system: You are a helpful assistant.
user:
Analyze the provided spectrum to determine if it is a **White Dwarf (WD)**.

A White Dwarf spectrum is defined by its **extreme purity** (due to gravitational settling) and/or **extreme pressure broadening** (due to high surface gravity). You must check for one of the following mutually exclusive signatures:

- **Key Visual Indicators (Check for ONE of these types):**

    - **1. DA-Type Signature (Most Common):**
        - **(Primary Feature):** Extreme pressure broadening (Stark broadening) of the **Hydrogen (H) Balmer lines**.
        - **(Key Lines):** $H\beta$ (approx. $4861$ Å) and $H\gamma$ (approx. $4340$ Å). $H\alpha$ (approx. $6563$ Å) will also be present if the wavelength range covers it.
        - **(Line Profile):** This is the **defining feature**. The lines are **NOT** sharp. They appear as massive, **extremely broad and deep "troughs" or "dips"** in the spectrum, often hundreds of Ångströms wide. The continuum will appear to "scoop" down at these wavelengths.
        - **(Distinction):** Normal A-type or B-type stars have *narrow* and *sharp* Hydrogen lines. A DA White Dwarf's lines are unmistakably "smeared" or "blurry" from pressure.

    - **2. DB-Type Signature:**
        - **(Primary Feature):** Broad absorption lines from **Neutral Helium (He I)**. The spectrum must lack any visible Hydrogen lines.
        - **(Key Lines):** Look for broad absorption near $4471$ Å, $4921$ Å, and $5876$ Å.
        - **(Line Profile):** These lines are also significantly pressure-broadened, appearing much wider than they would in a normal B-type main-sequence star.

    - **3. DC-Type Signature:**
        - **(Primary Feature):** A **featureless continuous spectrum**.
        - **(Line Profile):** The spectrum is a smooth curve with **no significant absorption or emission lines**.
        - **(Key Confirmation):** The continuum is almost always **blue or white**, indicating a hot object. This signature implies the atmosphere is so pure (or so cool) that no spectral lines are visible in the optical range. Its WD identity is confirmed by its extremely low intrinsic brightness (high absolute magnitude).

    - **4. DZ-Type Signature (Metal-Polluted):**
        - **(Primary Feature):** **Isolated, narrow metal absorption lines** on an otherwise featureless (DC-like) continuum.
        - **(Key Lines):** The **Calcium (Ca II) H & K doublet** (approx. **$3934$ Å** and **$3968$ Å**) is the most common and defining feature.
        - **(Line Profile):** These lines are "out of place." They are *not* part of a "forest" of thousands of lines. This signature is evidence of recent *accretion* (pollution) from rocky debris.
        - **(Distinction):** Normal G/K/M stars have a *dense forest* of thousands of metal lines. A DZ has a *clean* continuum with *only a few* strong metal lines.

    - **5. DQ-Type Signature (Carbon-Polluted):**
        - **(Primary Feature):** Absorption bands from **Carbon (C₂ "Swan Bands" or atomic C I)**.
        - **(Key Lines - C₂):** Look for bandheads with a "saw-tooth" shape near $5635$ Å, **$5165$ Å** (strongest), and $4737$ Å.
        - **(Key Confirmation):** The underlying **continuum must be blue or white** (hot).
        - **(Distinction):** This is the critical difference from a **Carbon Star**, which has the *exact same* C₂ bands but on an extremely **red, cool** continuum.

- **(Overall Spectrum):**
    - The continuum (overall shape) is typically **blue-sloping** (brighter in the blue than the red), as most white dwarfs are very hot.
    - The spectrum will look "pure" or "simple," dominated by only *one* of the five signatures listed above.

Think first, call **spectral_visualization_tool** if needed to examine features in detail, then provide your final answer. Your response must adhere to the following strict rules:
1.  **Overall Structure:** Your response must follow the format `<think>...</think> <tool_call>...</tool_call> (if a tool is used) <answer>...</answer>`.
2.  **Tool Usage Constraint:** You may only make **one** tool call per turn.
3.  **Final Answer Format:** In the `<answer>` tag, your conclusion must be inside a `\boxed{}` command (e.g., `\boxed{YES}` or `\boxed{NO}`), followed by your justification.

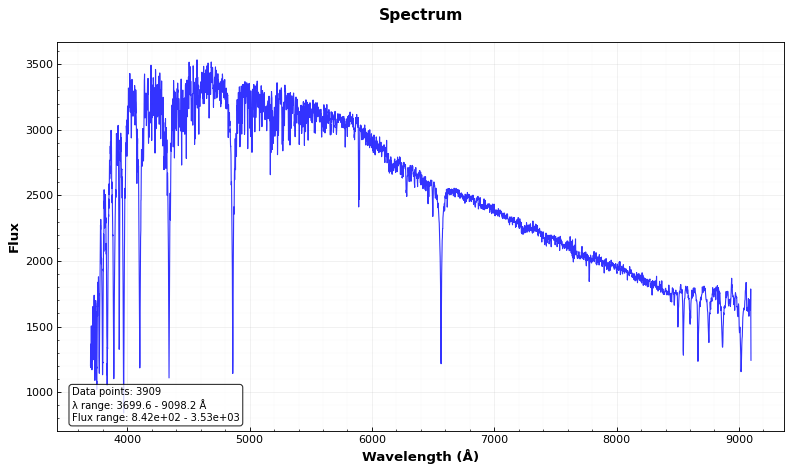
Answer: NO